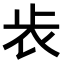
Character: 𣥏